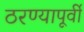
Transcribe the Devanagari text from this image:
ठरण्यापूर्वी